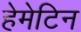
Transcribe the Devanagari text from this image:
हेमेटिन